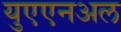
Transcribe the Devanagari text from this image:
युएएनअल